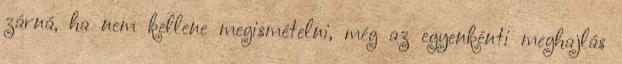
zárná, ha nem kellene megismételni, még az egyenkénti meghajlás